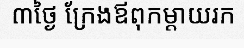
៣ថ្ងៃ ក្រែងឪពុកម្តាយរក